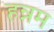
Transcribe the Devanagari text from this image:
हन्नम